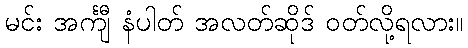
မင်း အင်္ကျီ နံပါတ် အလတ်ဆိုဒ် ဝတ်လို့ရလား။